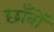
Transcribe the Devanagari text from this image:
छाँवों